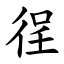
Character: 徎